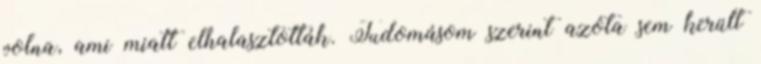
volna, ami miatt elhalasztották. Tudomásom szerint azóta sem került